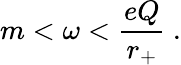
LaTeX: m<\omega<\frac{eQ}{r_{+}}~.